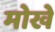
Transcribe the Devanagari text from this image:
मोखे